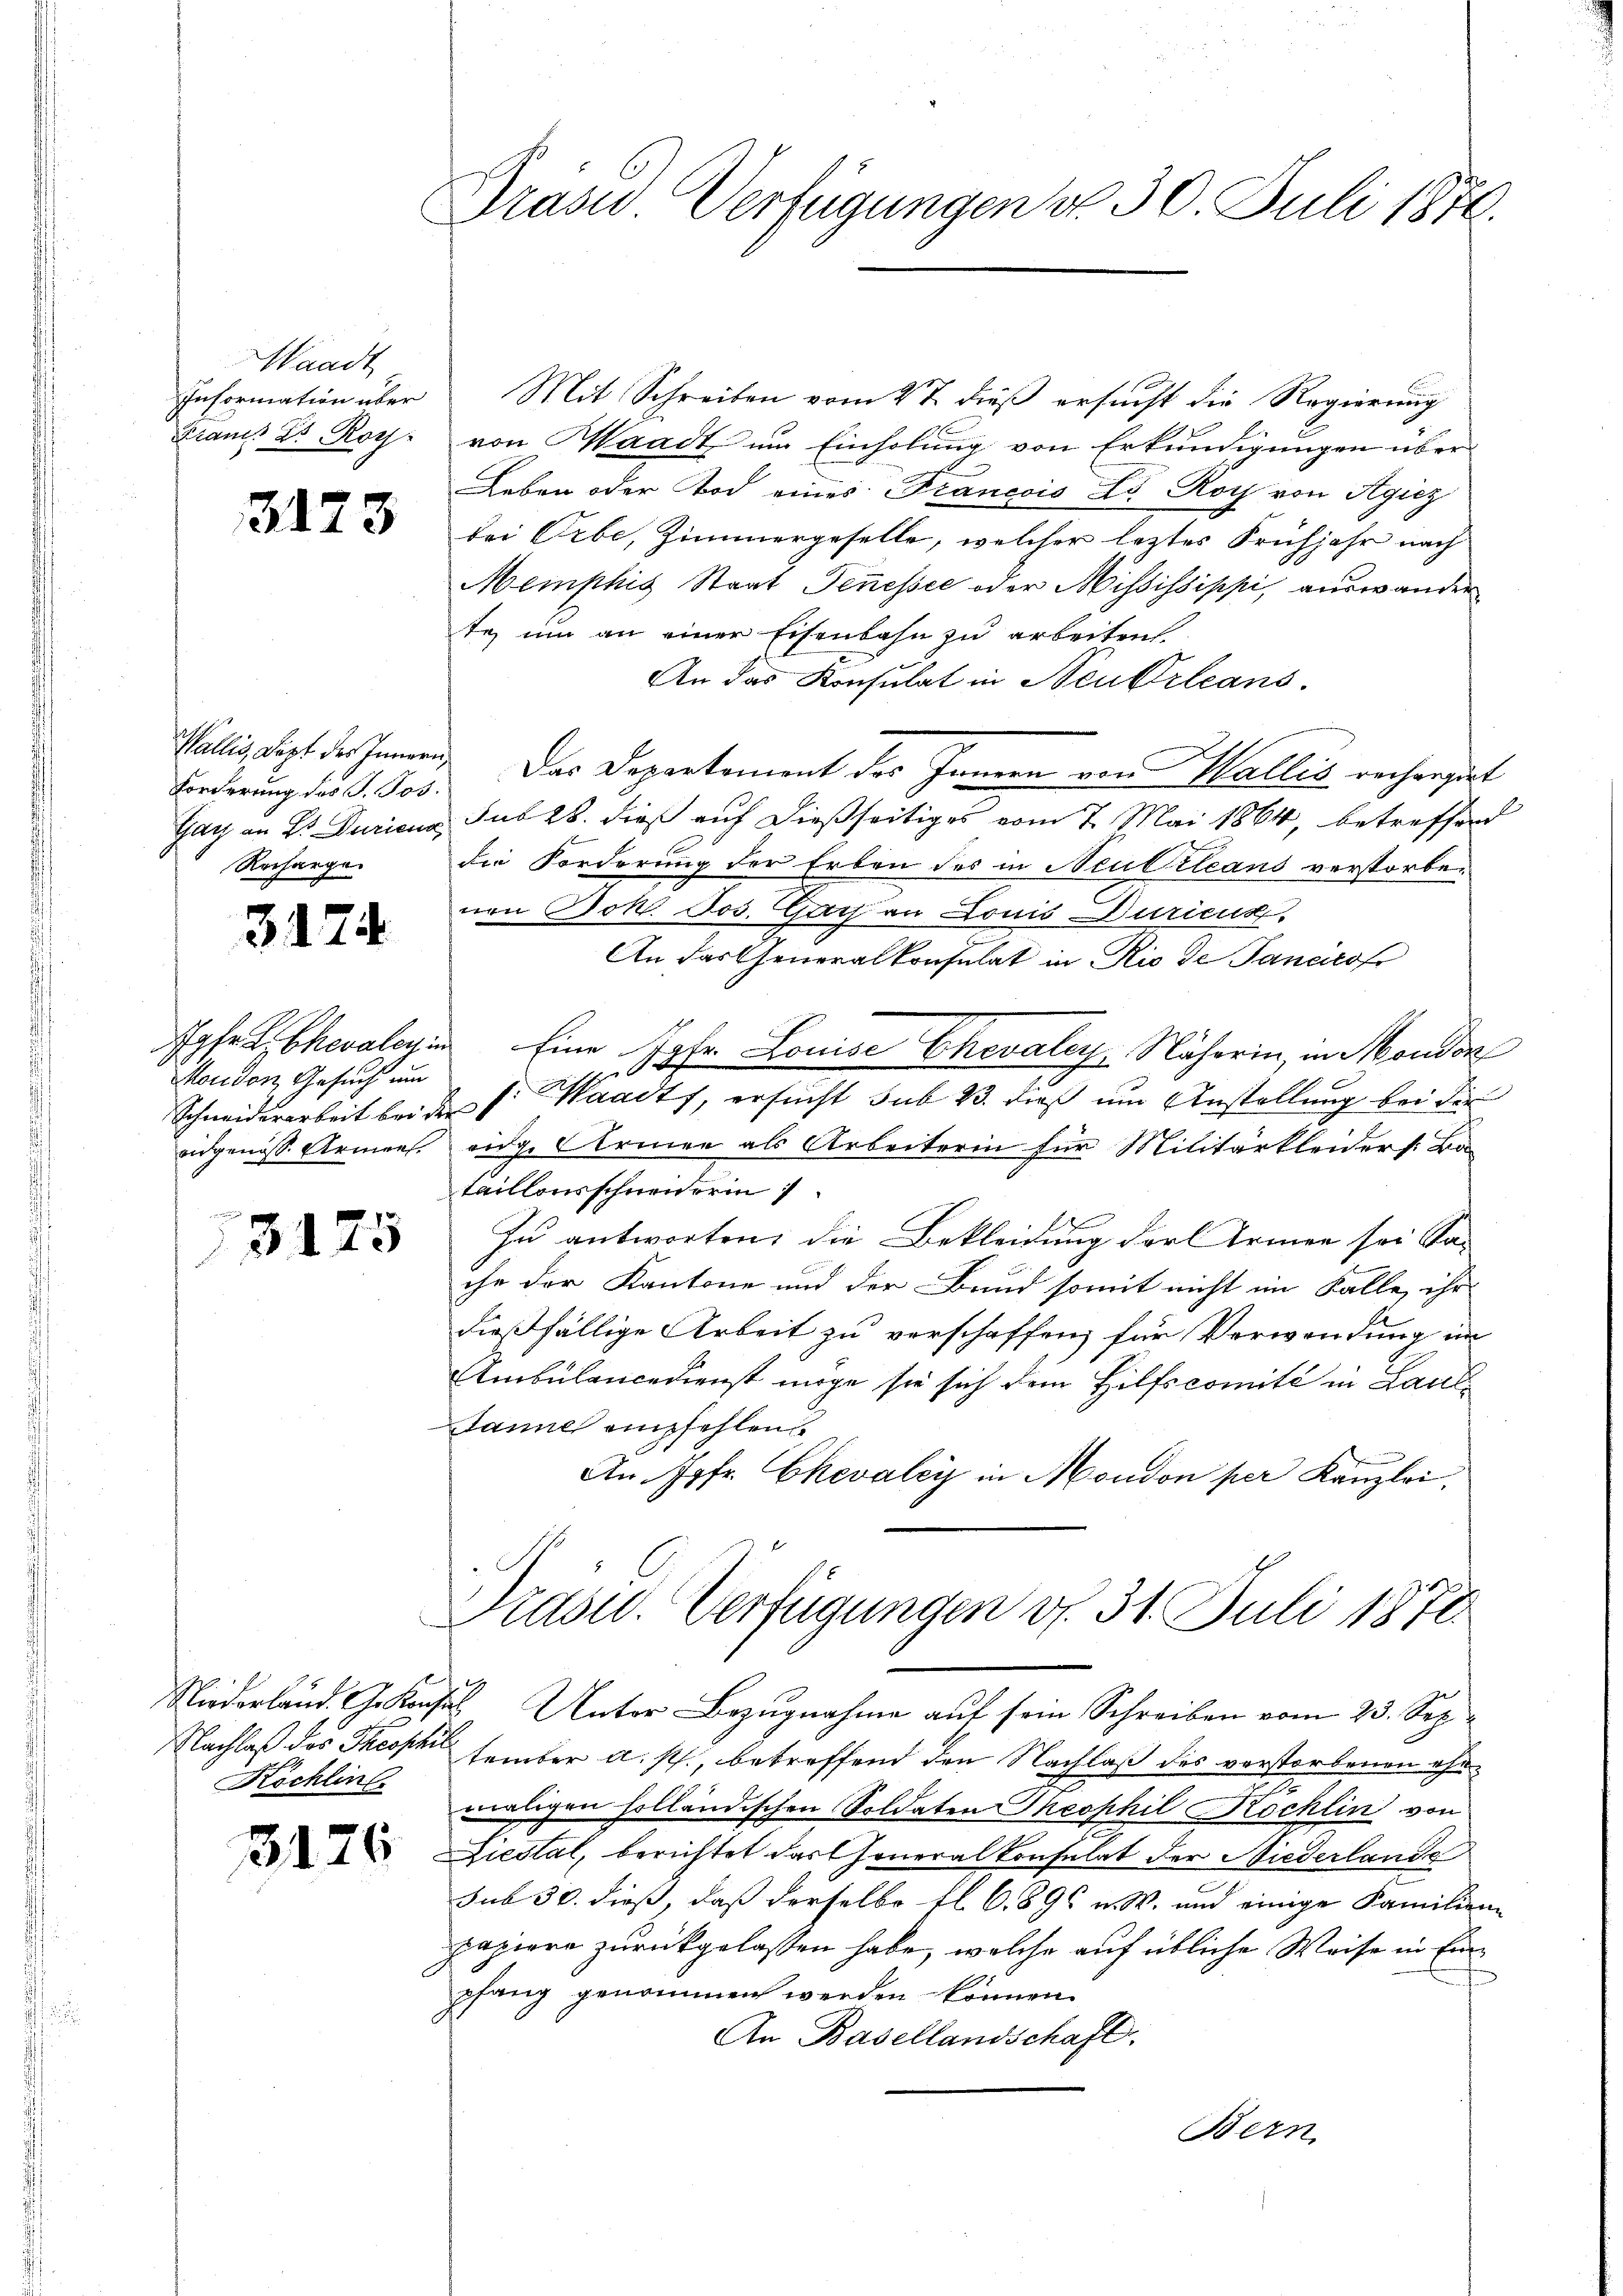
Waadt

Forderung des J. Jos.
Recharge

3174

Moudon, Gesuch um
Schneiderarbeit bei der

Köchlin

3176

Prase Verfügungen d. 30. Juli 1870.

Information über Mit Schreiben vom 27. dieβ ersŭcht die Regierŭng
Frau Dr. Roy: von Waadt um Einholung von Erkundigungen über
Leben oder Tod eines Francois Lo Roth von Agicz
23 bei Erbe, Zimmergeselle, welcher leztes Frühjahr nach
Memphis Staat Jenessee oder Mississippi, auswander
te, um an einer Eisenbahn zu arbeiten
An das Konsulat in Neukrleans
Vallis, dept des Innern. Das Departement des Innern von Wallis rechergert
Gay an Sr Duriena, sub 28. dieß auf dießseitiges vom 7. Mai 1864, betreffend
die Forderung der Erben des in Neutrleans verstorbenen Joh. Jos. Gar an Louis Duricus
An das Generalkonsulat in Rio de Janeirof
Chevalein Eine Jgfr. Louise Chevaley, Näherin in Monden
p. Waadt, ersucht sub 23. dieß um Anstellung bei der
eidgenöss Armens eidge Armen als Arbeiterin für Militärkleiders: Ba
taillonsschneiderin
25 zŭ antworten die Bekleidung der Armen sei Sa
ihe der Kantone und der Bund somit nicht im Falle, ihr
dießfällige Arbeit zu verschaffen, für Verwendung im
Ambülancedienst möge sie sich dem Hilfscomité in Landi
dauch empfehlene
An Jgfr. Chevaley in Mondon per Kanzlei,
Präsid.. Verfügungen v. 31. Juli 1870
Niederland. G. Konses Unter Bezugnahme auf sein Schreiben vom 23. Sep
Nachlaß des Theophie tember a. p., betreffend den Nachlaß des verstorbenen ehemaligen holländischen Soldaten Theophil Rochlin von
Liestal, berichtet das Generalkonsulat der Niederlande
sub 30. dieß, daß derselbe fl. 6. 896 u. W. und einige Familien-
papiere zurückgelassen habe, welche auf übliche Weise in Einpfang genommen werden können.
An Basellandschaft.
Bern